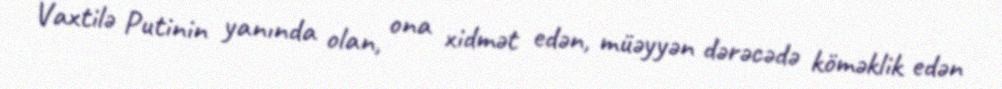
Vaxtilə Putinin yanında olan, ona xidmət edən, müəyyən dərəcədə köməklik edən